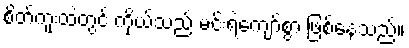
စိတ်ကူးထဲတွင် ကိုယ်သည် မင်းရဲကျော်စွာ ဖြစ်နေသည်။